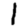
Digit: 1